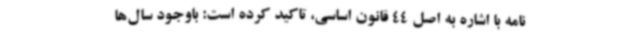
نامه با اشاره به اصل 44 قانون اساسی، تاکید کرده است: باوجود سال‌ها